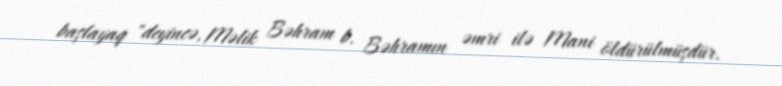
başlayaq "deyincə, Məlik Bəhram b. Bəhramın əmri ilə Mani öldürülmüşdür.